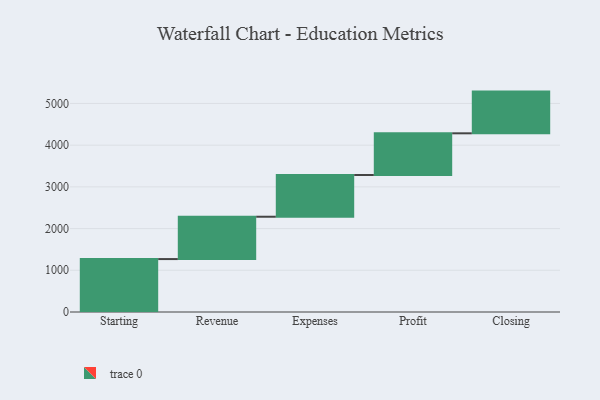
{"axis": {"x": "Step", "y": "Value"}, "legend": [""], "data": [{"x": "Starting", "y": 1269.0, "type": ""}, {"x": "Revenue", "y": 1015.0, "type": ""}, {"x": "Expenses", "y": 1000, "type": ""}, {"x": "Profit", "y": 1000, "type": ""}, {"x": "Closing", "y": 1000, "type": ""}]}